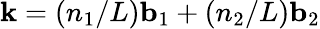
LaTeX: {\mathbf k}=(n_{1}/L){\mathbf b}_{1}+(n_{2}/L){\mathbf b}_{2}